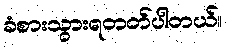
ခံစားသွားရတတ်ပါတယ်။